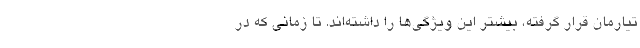
تیارمان قرار گرفته، بیشتر این ویژگی‌ها را داشته‌اند. تا زمانی که در